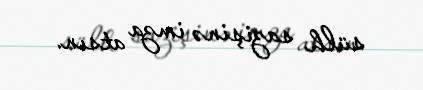
sülh sazişinə imza atsın.